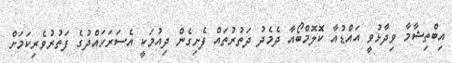
އިބްތިޝާމާ ވިދާޅުވީ އައްޑުއާ ކޮލޮމްބޯއާ ދެމެދު ދަތުރުތައް ފެށިގެން ދިއުމަކީ އެސަރަހައްދުގެ ފަތުރުވެރިކަމަށް